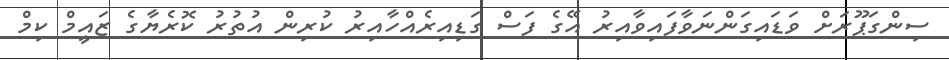
ސިންގަޕޫރަށް ވަޑައިގަންނަވާފައިވާއިރު އޭގެ ފަސް ގަޑިއިރެއްހާއިރު ކުރިން އުތުރު ކޮރެޔާގެ ޒައީމް ކިމް